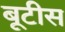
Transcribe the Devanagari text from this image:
बूटीस